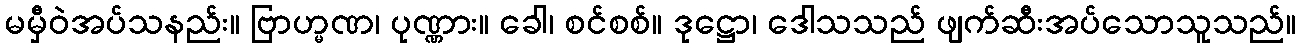
မမှီဝဲအပ်သနည်း။ ဗြာဟ္မဏ၊ ပုဏ္ဏား။ ခေါ၊ စင်စစ်။ ဒုဋ္ဌော၊ ဒေါသသည် ဖျက်ဆီးအပ်သောသူသည်။